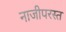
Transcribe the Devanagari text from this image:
नाजीपरस्त